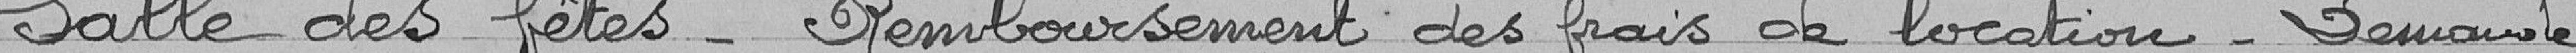
Salle des fêtes - Remboursement des frais de location - Demande